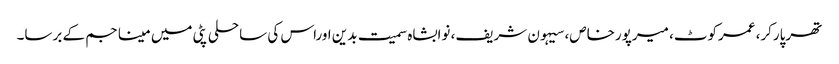
تھرپارکر، عمرکوٹ، میرپورخاص، سیہون شریف، نوابشاہ سمیت بدین اوراس کی ساحلی پٹی میں مینا جم کے برسا۔